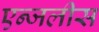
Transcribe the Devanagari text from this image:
एन्जलीस